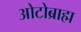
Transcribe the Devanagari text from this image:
ओटोब्राह्म